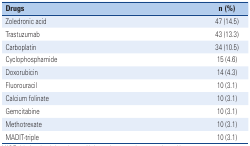
<table><thead><tr><td><b>Drugs</b></td><td><b>n (%)</b></td></tr></thead><tbody><tr><td>Zoledronic acid</td><td>47 (14.5)</td></tr><tr><td>Trastuzumab</td><td>43 (13.3)</td></tr><tr><td>Carboplatin</td><td>34 (10.5)</td></tr><tr><td>Cyclophosphamide</td><td>15 (4.6)</td></tr><tr><td>Doxorubicin</td><td>14 (4.3)</td></tr><tr><td>Fluorouracil</td><td>10 (3.1)</td></tr><tr><td>Calcium folinate</td><td>10 (3.1)</td></tr><tr><td>Gemcitabine</td><td>10 (3.1)</td></tr><tr><td>Methotrexate</td><td>10 (3.1)</td></tr><tr><td>MADIT-triple</td><td>10 (3.1)</td></tr></tbody></table>